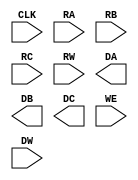
module DFFRF_3R1W (
`ifdef USE_POWER_PINS
    inout VPWR,
    inout VGND,
`endif
    input            CLK,
    input  [4:0]     RA, RB, RC, RW,
    output [31:0]    DA, DB, DC,
    input            WE,
    input  [31:0]    DW
);

endmodule